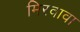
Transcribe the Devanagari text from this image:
मिरवावा